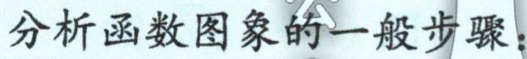
分析函数图象的一般步骤：